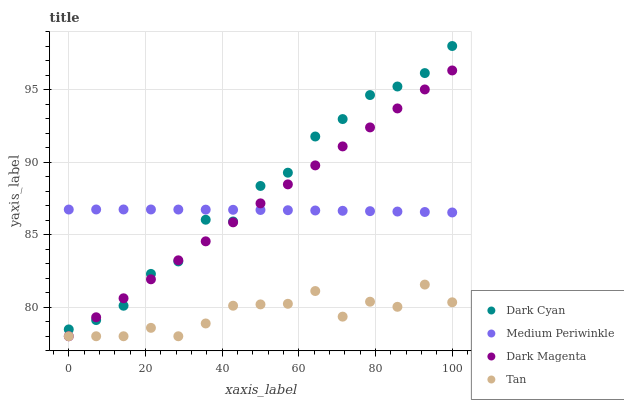
| xaxis_label | Dark Cyan | Medium Periwinkle | Dark Magenta | Tan |
 | --- | --- | --- | --- | --- |
 | 0 | 78.5 | 86.7 | 78 | 78 |
 | 7.14 | 79.1 | 86.7 | 79.3 | 78 |
 | 14.3 | 80.1 | 86.7 | 80.6 | 78 |
 | 21.4 | 82.3 | 86.7 | 81.9 | 78.6 |
 | 28.6 | 83.2 | 86.7 | 83.2 | 78 |
 | 35.7 | 86 | 86.7 | 84.5 | 78.9 |
 | 42.9 | 85.9 | 86.7 | 85.9 | 80.1 |
 | 50 | 88.4 | 86.7 | 87.2 | 80.2 |
 | 57.1 | 89.3 | 86.7 | 88.5 | 80.2 |
 | 64.3 | 91.8 | 86.7 | 89.8 | 81.1 |
 | 71.4 | 93 | 86.6 | 91.1 | 79.4 |
 | 78.6 | 94.6 | 86.6 | 92.4 | 80.4 |
 | 85.7 | 95.2 | 86.6 | 93.7 | 80 |
 | 92.9 | 96.1 | 86.6 | 95 | 81.6 |
 | 100 | 98 | 86.5 | 96.3 | 80.3 |